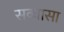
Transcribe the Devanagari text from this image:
सव्यासा